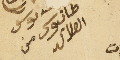
ىوسف طانيوس من الهلاليه